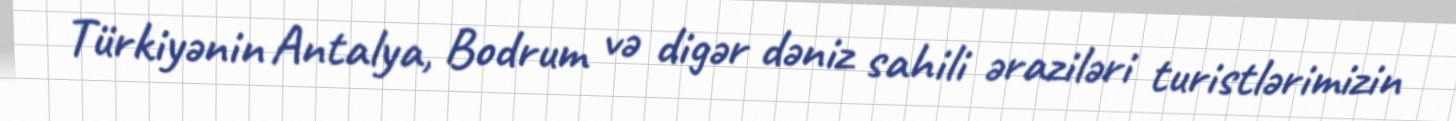
Türkiyənin Antalya, Bodrum və digər dəniz sahili əraziləri turistlərimizin